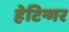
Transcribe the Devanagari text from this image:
हेटिन्गर